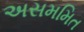
અસમમિત